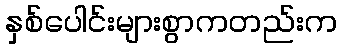
နှစ်ပေါင်းများစွာကတည်းက